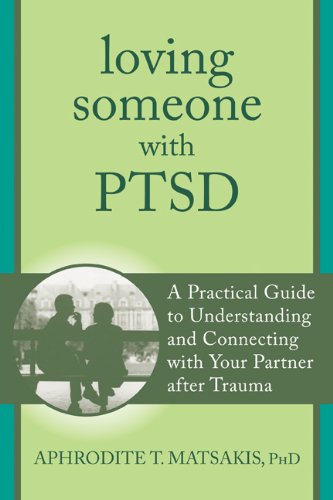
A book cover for Loving Someone with PTSD: A Practical Guide to Understanding and Connecting with Your Partner after Trauma (The New Harbinger Loving Someone Series); Aphrodite T. Matsakis PhD; Self-Help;